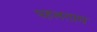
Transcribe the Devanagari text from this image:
पहलग़ाम